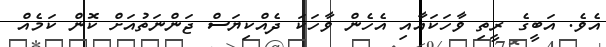
އެވެ. އަބީގެ ރީތި ވާހަކައާއި އެހެން ވާހަކަ ދެއްކިޔަސް ޖަންނަތުއަށް ކޮން ކަމެއް